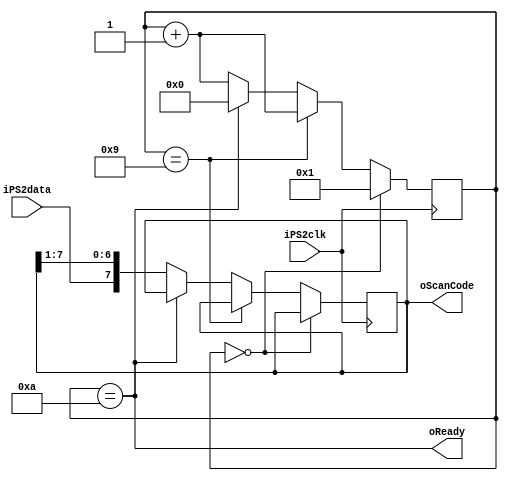
module tecladoPS2(
	iPS2clk,
	iPS2data,
	oReady,
	oScanCode
);

input iPS2clk;
input iPS2data;
output oReady;
output reg [7:0] oScanCode;

reg [3:0] counter;

assign oReady = counter == 4'd10;

initial
begin
	oScanCode <= 8'b0;
	counter <= 4'b0;
end

always @(negedge iPS2clk)
begin
	if (counter == 4'd0)
		counter <= 4'd1;
	else if (counter == 4'd9)
		counter <= counter + 4'd1;
	else if (counter == 4'd10)
		counter <= 4'd0;
	else
	begin
		counter <= counter + 4'd1;
		oScanCode <= {iPS2data, oScanCode[7:1]};
	end
end

endmodule